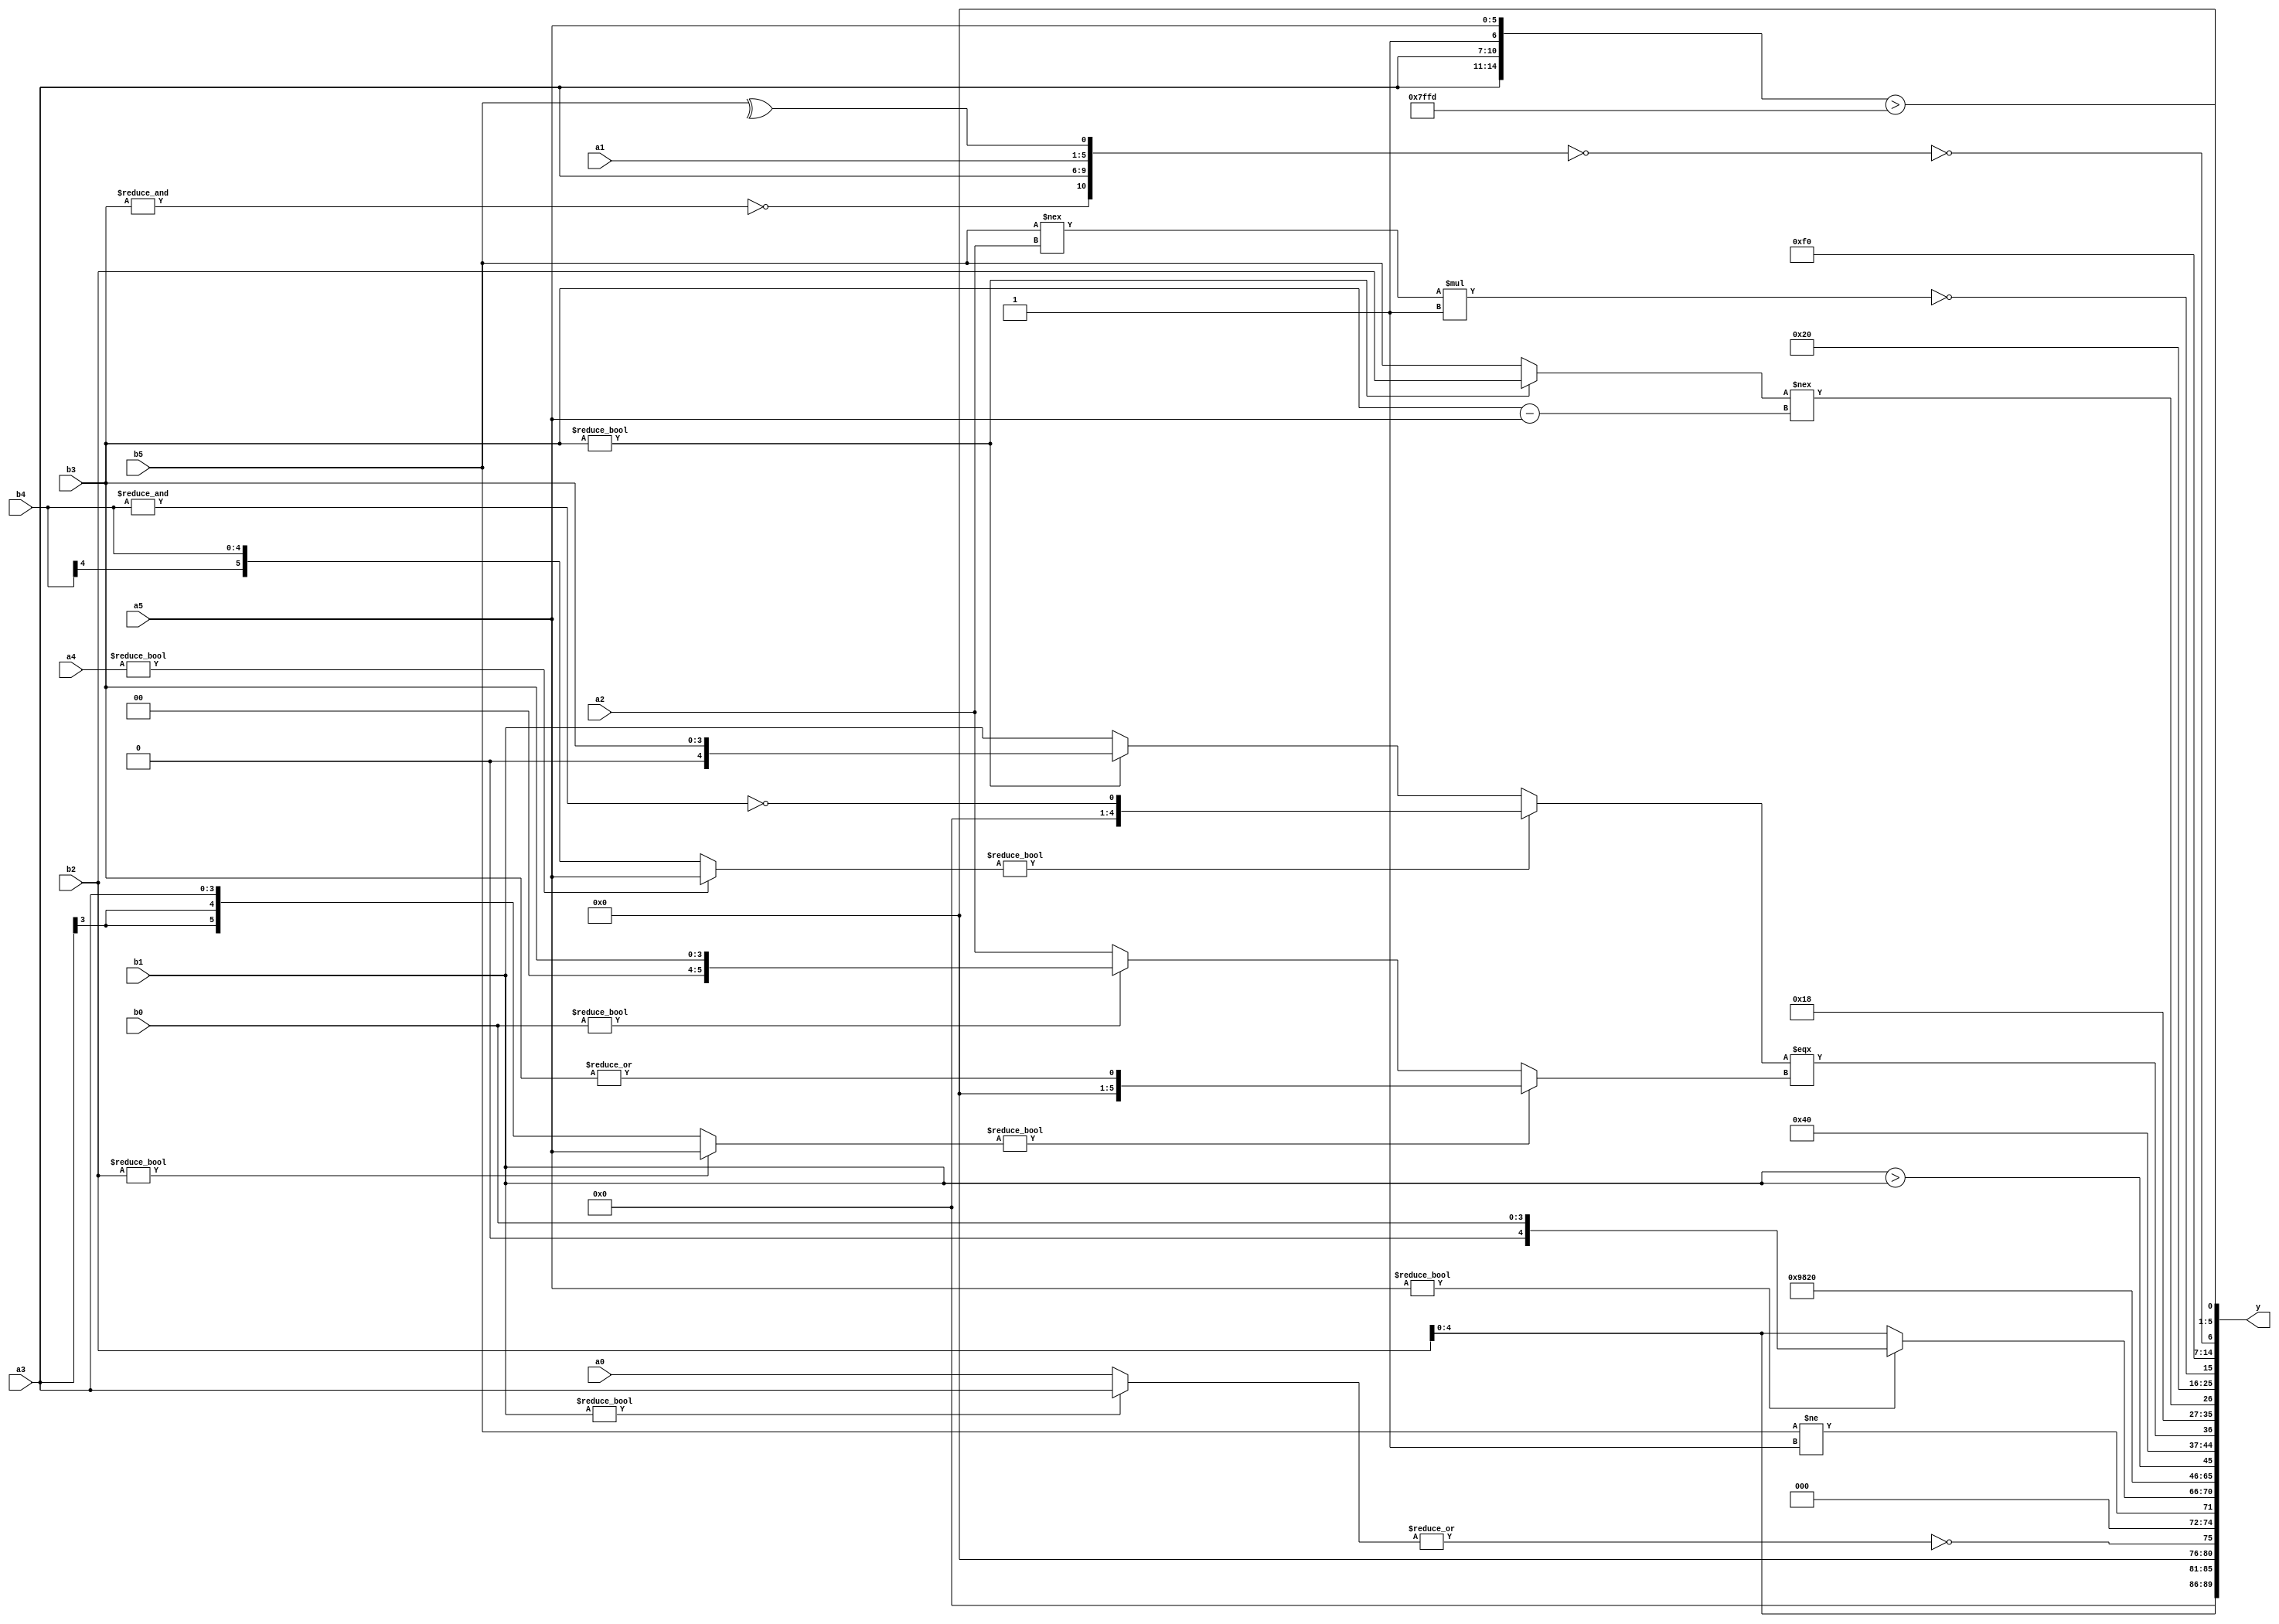
module expression_00313(a0, a1, a2, a3, a4, a5, b0, b1, b2, b3, b4, b5, y);
  input [3:0] a0;
  input [4:0] a1;
  input [5:0] a2;
  input signed [3:0] a3;
  input signed [4:0] a4;
  input signed [5:0] a5;

  input [3:0] b0;
  input [4:0] b1;
  input [5:0] b2;
  input signed [3:0] b3;
  input signed [4:0] b4;
  input signed [5:0] b5;

  wire [3:0] y0;
  wire [4:0] y1;
  wire [5:0] y2;
  wire signed [3:0] y3;
  wire signed [4:0] y4;
  wire signed [5:0] y5;
  wire [3:0] y6;
  wire [4:0] y7;
  wire [5:0] y8;
  wire signed [3:0] y9;
  wire signed [4:0] y10;
  wire signed [5:0] y11;
  wire [3:0] y12;
  wire [4:0] y13;
  wire [5:0] y14;
  wire signed [3:0] y15;
  wire signed [4:0] y16;
  wire signed [5:0] y17;

  output [89:0] y;
  assign y = {y0,y1,y2,y3,y4,y5,y6,y7,y8,y9,y10,y11,y12,y13,y14,y15,y16,y17};

  localparam [3:0] p0 = (((!(-5'sd12))^~((5'd10)<=(4'sd1)))^~(!(+{(-3'sd3),(4'd2),(3'd3)})));
  localparam [4:0] p1 = (4'sd4);
  localparam [5:0] p2 = ((3'd4)&(3'sd1));
  localparam signed [3:0] p3 = {3{{1{(((-5'sd13)==(-2'sd0))+(&(2'sd1)))}}}};
  localparam signed [4:0] p4 = (((-4'sd6)+(-5'sd12))&&((3'd0)==(5'd27)));
  localparam signed [5:0] p5 = (^(^((-2'sd1)==(3'd4))));
  localparam [3:0] p6 = ({3{(4'd14)}}>>((2'sd1)<=(2'd1)));
  localparam [4:0] p7 = ((4'd4)<(-2'sd1));
  localparam [5:0] p8 = (({(-3'sd0),(2'd1)}?(~(4'd3)):(~|(3'd0)))-{{((4'd2)!=(-3'sd1)),{(-5'sd3),(4'sd0),(-3'sd2)}}});
  localparam signed [3:0] p9 = ((-5'sd11)?(4'd4):(-3'sd3));
  localparam signed [4:0] p10 = (((3'd0)?(4'sd3):(-3'sd3))>>(&((5'sd12)||(3'd3))));
  localparam signed [5:0] p11 = (({(5'sd3),(-2'sd0)}||(&{(-4'sd1),(4'd8)}))>>{{4{(5'd0)}},((-5'sd13)<(2'd3))});
  localparam [3:0] p12 = {3{(((5'd11)&&(3'sd3))^~((5'd28)>=(5'd2)))}};
  localparam [4:0] p13 = (~(|(+(3'd7))));
  localparam [5:0] p14 = {4{((3'sd0)?(3'd0):(-3'sd2))}};
  localparam signed [3:0] p15 = ((3'd5)<<({1{((2'd1)&&(2'sd1))}}^(((3'sd1)>=(2'd0))===((4'd13)<=(-5'sd13)))));
  localparam signed [4:0] p16 = ((((2'sd1)&&(5'sd0))>=(~&{3{(5'd30)}}))&(~&({4{(2'd2)}}||((4'd15)<(-5'sd2)))));
  localparam signed [5:0] p17 = (|(3'd7));

  assign y0 = (!{p11,p10,p10});
  assign y1 = {3{{{a3,b0,b2}}}};
  assign y2 = (~|{3{((~p2)?(b1?a3:a0):(-5'sd9))}});
  assign y3 = (({b5})!=(~^(5'sd5)));
  assign y4 = (a5?b0:b2);
  assign y5 = (4'd2 * (!(&p13)));
  assign y6 = $signed(({1{(5'd22)}}));
  assign y7 = ((((~(~|b1))>((~a2)))!=(((!$unsigned(p17))^~(p12-p15)))));
  assign y8 = (b1>b1);
  assign y9 = (4'd4);
  assign y10 = ((((a4?a5:b4))?(~&$unsigned(b4)):$signed((b3?b3:b1)))===$unsigned(((b2?a5:a3)?(|(a1?b3:b3)):$unsigned((b0?b3:a2)))));
  assign y11 = (2'd3);
  assign y12 = ((b3?b2:b5)!==(b3-a5));
  assign y13 = {1{(~((4'd2 * (p6?p8:p2))<={2{(5'sd0)}}))}};
  assign y14 = (|(~^((b5!==a2)*((|p7)))));
  assign y15 = (-2'sd1);
  assign y16 = (!(!{(|(~&b3)),{a3,a1},{(^b5)}}));
  assign y17 = ({{a3,a3},(|p15),{a5}}>(-4'sd3));
endmodule